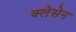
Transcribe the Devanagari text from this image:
क्लेसेन